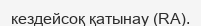
кездейсоқ қатынау (RA).